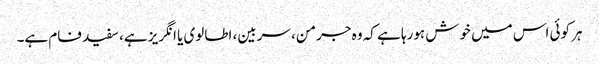
ہر کوئی اس میں خوش ہورہا ہے کہ وہ جرمن، سربین، اطالوی یا انگریز ہے، سفید فام ہے۔